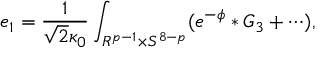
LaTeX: e _ { 1 } = \frac { 1 } { \sqrt { 2 } \kappa _ { 0 } } \int _ { R ^ { p - 1 } \times S ^ { 8 - p } } ( e ^ { - \phi } \ast G _ { 3 } + \cdots ) ,